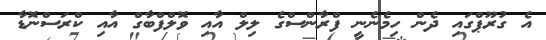
އެ ގުރޫޕްގައި ދެން ހިމެނެނީ ފްރާންސްގެ ލިލް އާއި ވޮލްފްބާގް އާއި ކްރަސްނޮޑާ